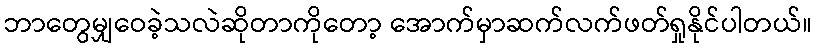
ဘာတွေမျှဝေခဲ့သလဲဆိုတာကိုတော့ အောက်မှာဆက်လက်ဖတ်ရှုနိုင်ပါတယ်။